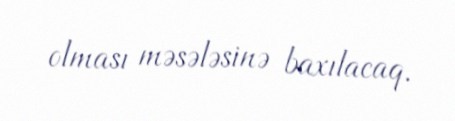
olması məsələsinə baxılacaq.